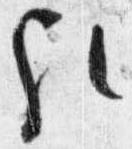
歟